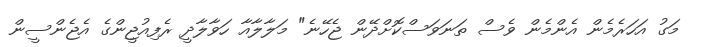
މަގު އަހަރެމެން އެންމެން ވެސް ތަނަވަސްކޮށްދޭން ޖެހޭނެ" މަލާލާއާ ހަވާލާދީ ރެފިއުޖީންގެ އެޖެންސީން